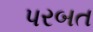
પરબત